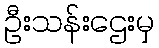
ဦးသန်းဌေးမှ